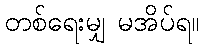
တစ်ရေးမျှ မအိပ်ရ။